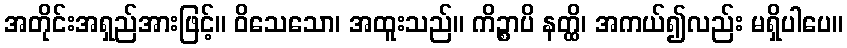
အတိုင်းအရှည်အားဖြင့်။ ဝိသေသော၊ အထူးသည်။ ကိဉ္စာပိ နတ္ထိ၊ အကယ်၍လည်း မရှိပါပေ။